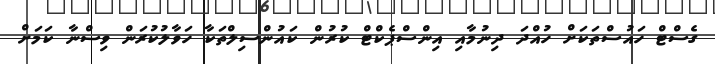
ގެސްޓް ހައުސްތަކަށް ހުއްދަ ދިނުމާއި އިންސްޕެކްޓް ކުރުން ކައުންސިލްތަކާ ހަވާލުކުރަން ވިސްނާ ކަމަށް